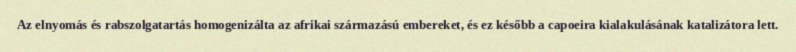
Az elnyomás és rabszolgatartás homogenizálta az afrikai származású embereket, és ez később a capoeira kialakulásának katalizátora lett.